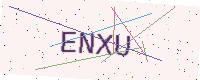
Text: ENXU